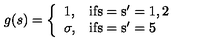
g ( s ) = \left\{ \begin{array} { l l } { 1 , } & { \mathrm { i f s = s ' = 1 , 2 } } \\ { \sigma , } & { \mathrm { i f s = s ' = 5 } } \\ \end{array} \right.